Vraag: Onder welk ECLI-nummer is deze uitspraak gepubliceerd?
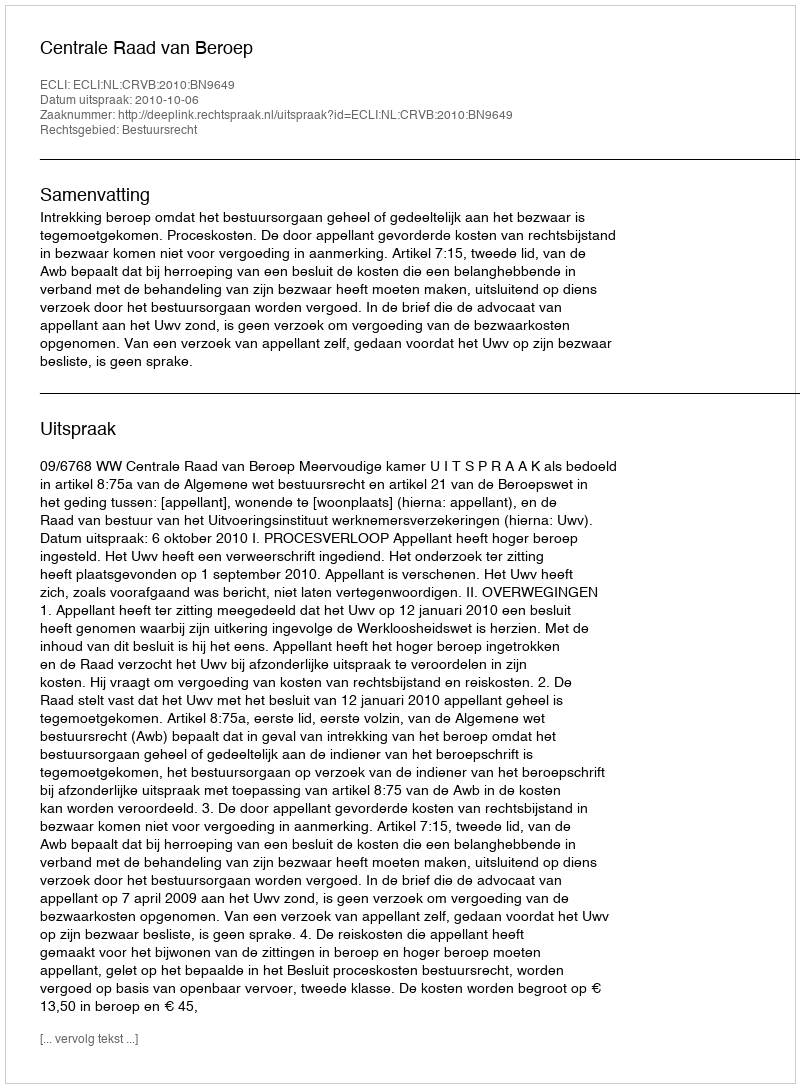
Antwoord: ECLI:NL:CRVB:2010:BN9649